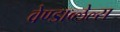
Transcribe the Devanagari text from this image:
वेण्डाव्लेल्स